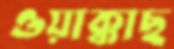
ওয়াক্কাছ